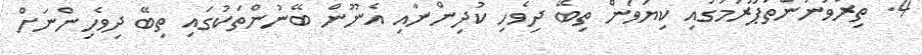
4. ތިރުވަނަންތަޕޫރަމުގައި ކިޔަވަން ތިބޭ ދިވެހި ކުދިންނާއި އެނޫން ބޭނުންތަކުގައި ތިބޭ ދިވެހިންނަށް